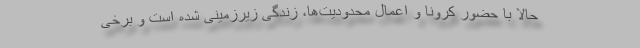
حالا با حضور کرونا و اعمال محدودیت‌ها، زندگی زیرزمینی شده است و برخی